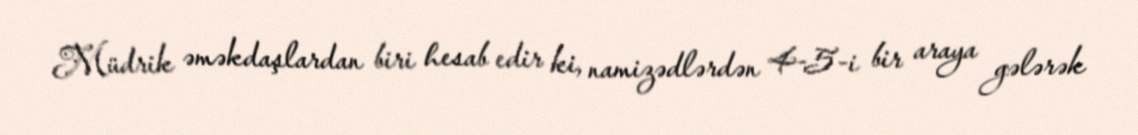
Müdrik əməkdaşlardan biri hesab edir ki, namizədlərdən 4-5-i bir araya gələrək